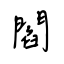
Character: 閻